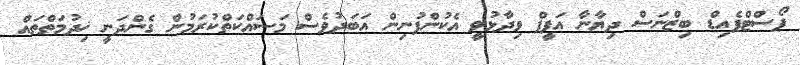
ޕޯސްޓްޕެއިޑް ބިޒްނަސް ދިޔާނާ އަފީފް ވިދާޅުވީ އެކުންފުނިން އަބަދުވެސް މަސައްކަތްކުރަމުން ގެންދަނީ ޚިދުމަތްތައް